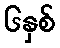
၆နှစ်